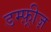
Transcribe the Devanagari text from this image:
डम्फ़्रीज़